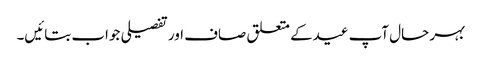
بہر حال آپ عیدکے متعلق صاف اور تفصیلی جواب بتائیں۔